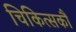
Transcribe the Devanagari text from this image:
चिकित्सकौं